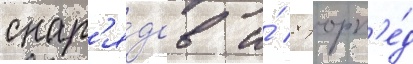
снар'я́дов и́ 8 торп'е́д